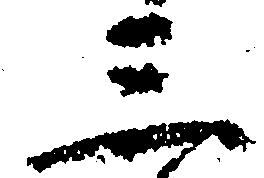
三